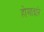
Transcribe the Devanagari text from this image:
होमाद्वारे